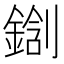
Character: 𰽀